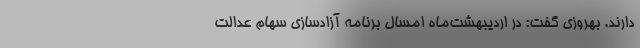
دارند. بهروزی گفت: در اردیبهشت‌ماه امسال برنامه آزادسازی سهام عدالت